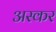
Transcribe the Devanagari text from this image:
अस्कर